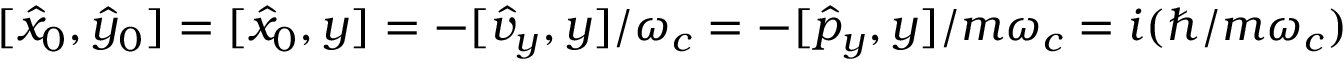
[ \hat { x } _ { 0 } , \hat { y } _ { 0 } ] = [ \hat { x } _ { 0 } , y ] = - [ \hat { v } _ { y } , y ] / \omega _ { c } = - [ \hat { p } _ { y } , y ] / m \omega _ { c } = i ( \hbar / m \omega _ { c } )